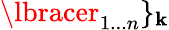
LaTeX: \lbracer_{1...n}\rbrace_{\mathbf{k}}